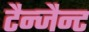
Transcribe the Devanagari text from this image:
टैन्जैन्ट